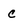
Character: c